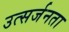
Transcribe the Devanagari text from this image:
उत्सर्जनता